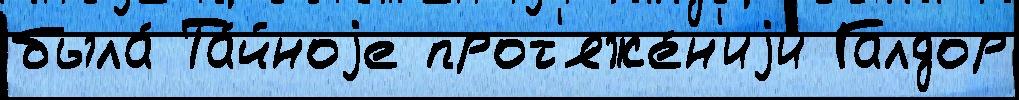
была́ Та́йноjе прот'яже́н'иjи Галдор